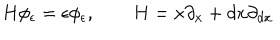
LaTeX: H \phi _ { \epsilon } = \epsilon \phi _ { \epsilon } , \qquad H = x \partial _ { x } + d x \partial _ { d x }